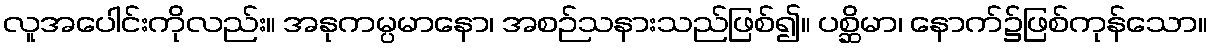
လူအပေါင်းကိုလည်း။ အနုကမ္ပမာနော၊ အစဉ်သနားသည်ဖြစ်၍။ ပစ္ဆိမာ၊ နောက်၌ဖြစ်ကုန်သော။